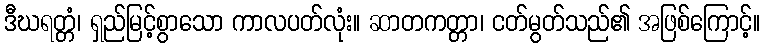
ဒီဃရတ္တံ၊ ရှည်မြင့်စွာသော ကာလပတ်လုံး။ ဆာတကတ္တာ၊ ငတ်မွတ်သည်၏ အဖြစ်ကြောင့်။